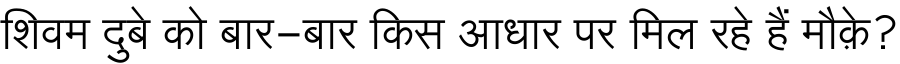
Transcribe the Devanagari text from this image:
शिवम दुबे को बार-बार किस आधार पर मिल रहे हैं मौक़े?